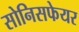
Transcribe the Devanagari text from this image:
सोनिसफेयर